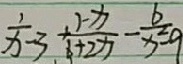
\frac { 1 } { x - 3 } + \frac { 1 - x } { 6 + 2 x } - \frac { 6 } { x ^ { 2 } - 9 }